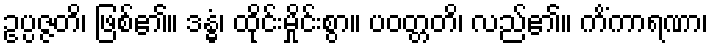
ဥပ္ပဇ္ဇတိ၊ ဖြစ်၏။ ဒန္ဓံ၊ ထိုင်းမှိုင်းစွာ။ ပဝတ္တတိ၊ လည်၏။ ကိံကာရဏာ၊